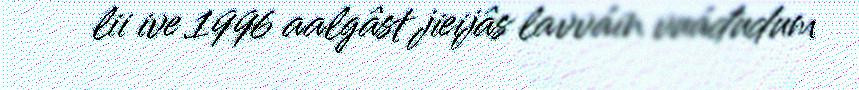
lii ive 1996 aalgâst jieijâs lavváin vuáđudum